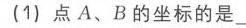
\((1)\) 点\(A、B\)的坐标的是\_